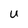
Character: U